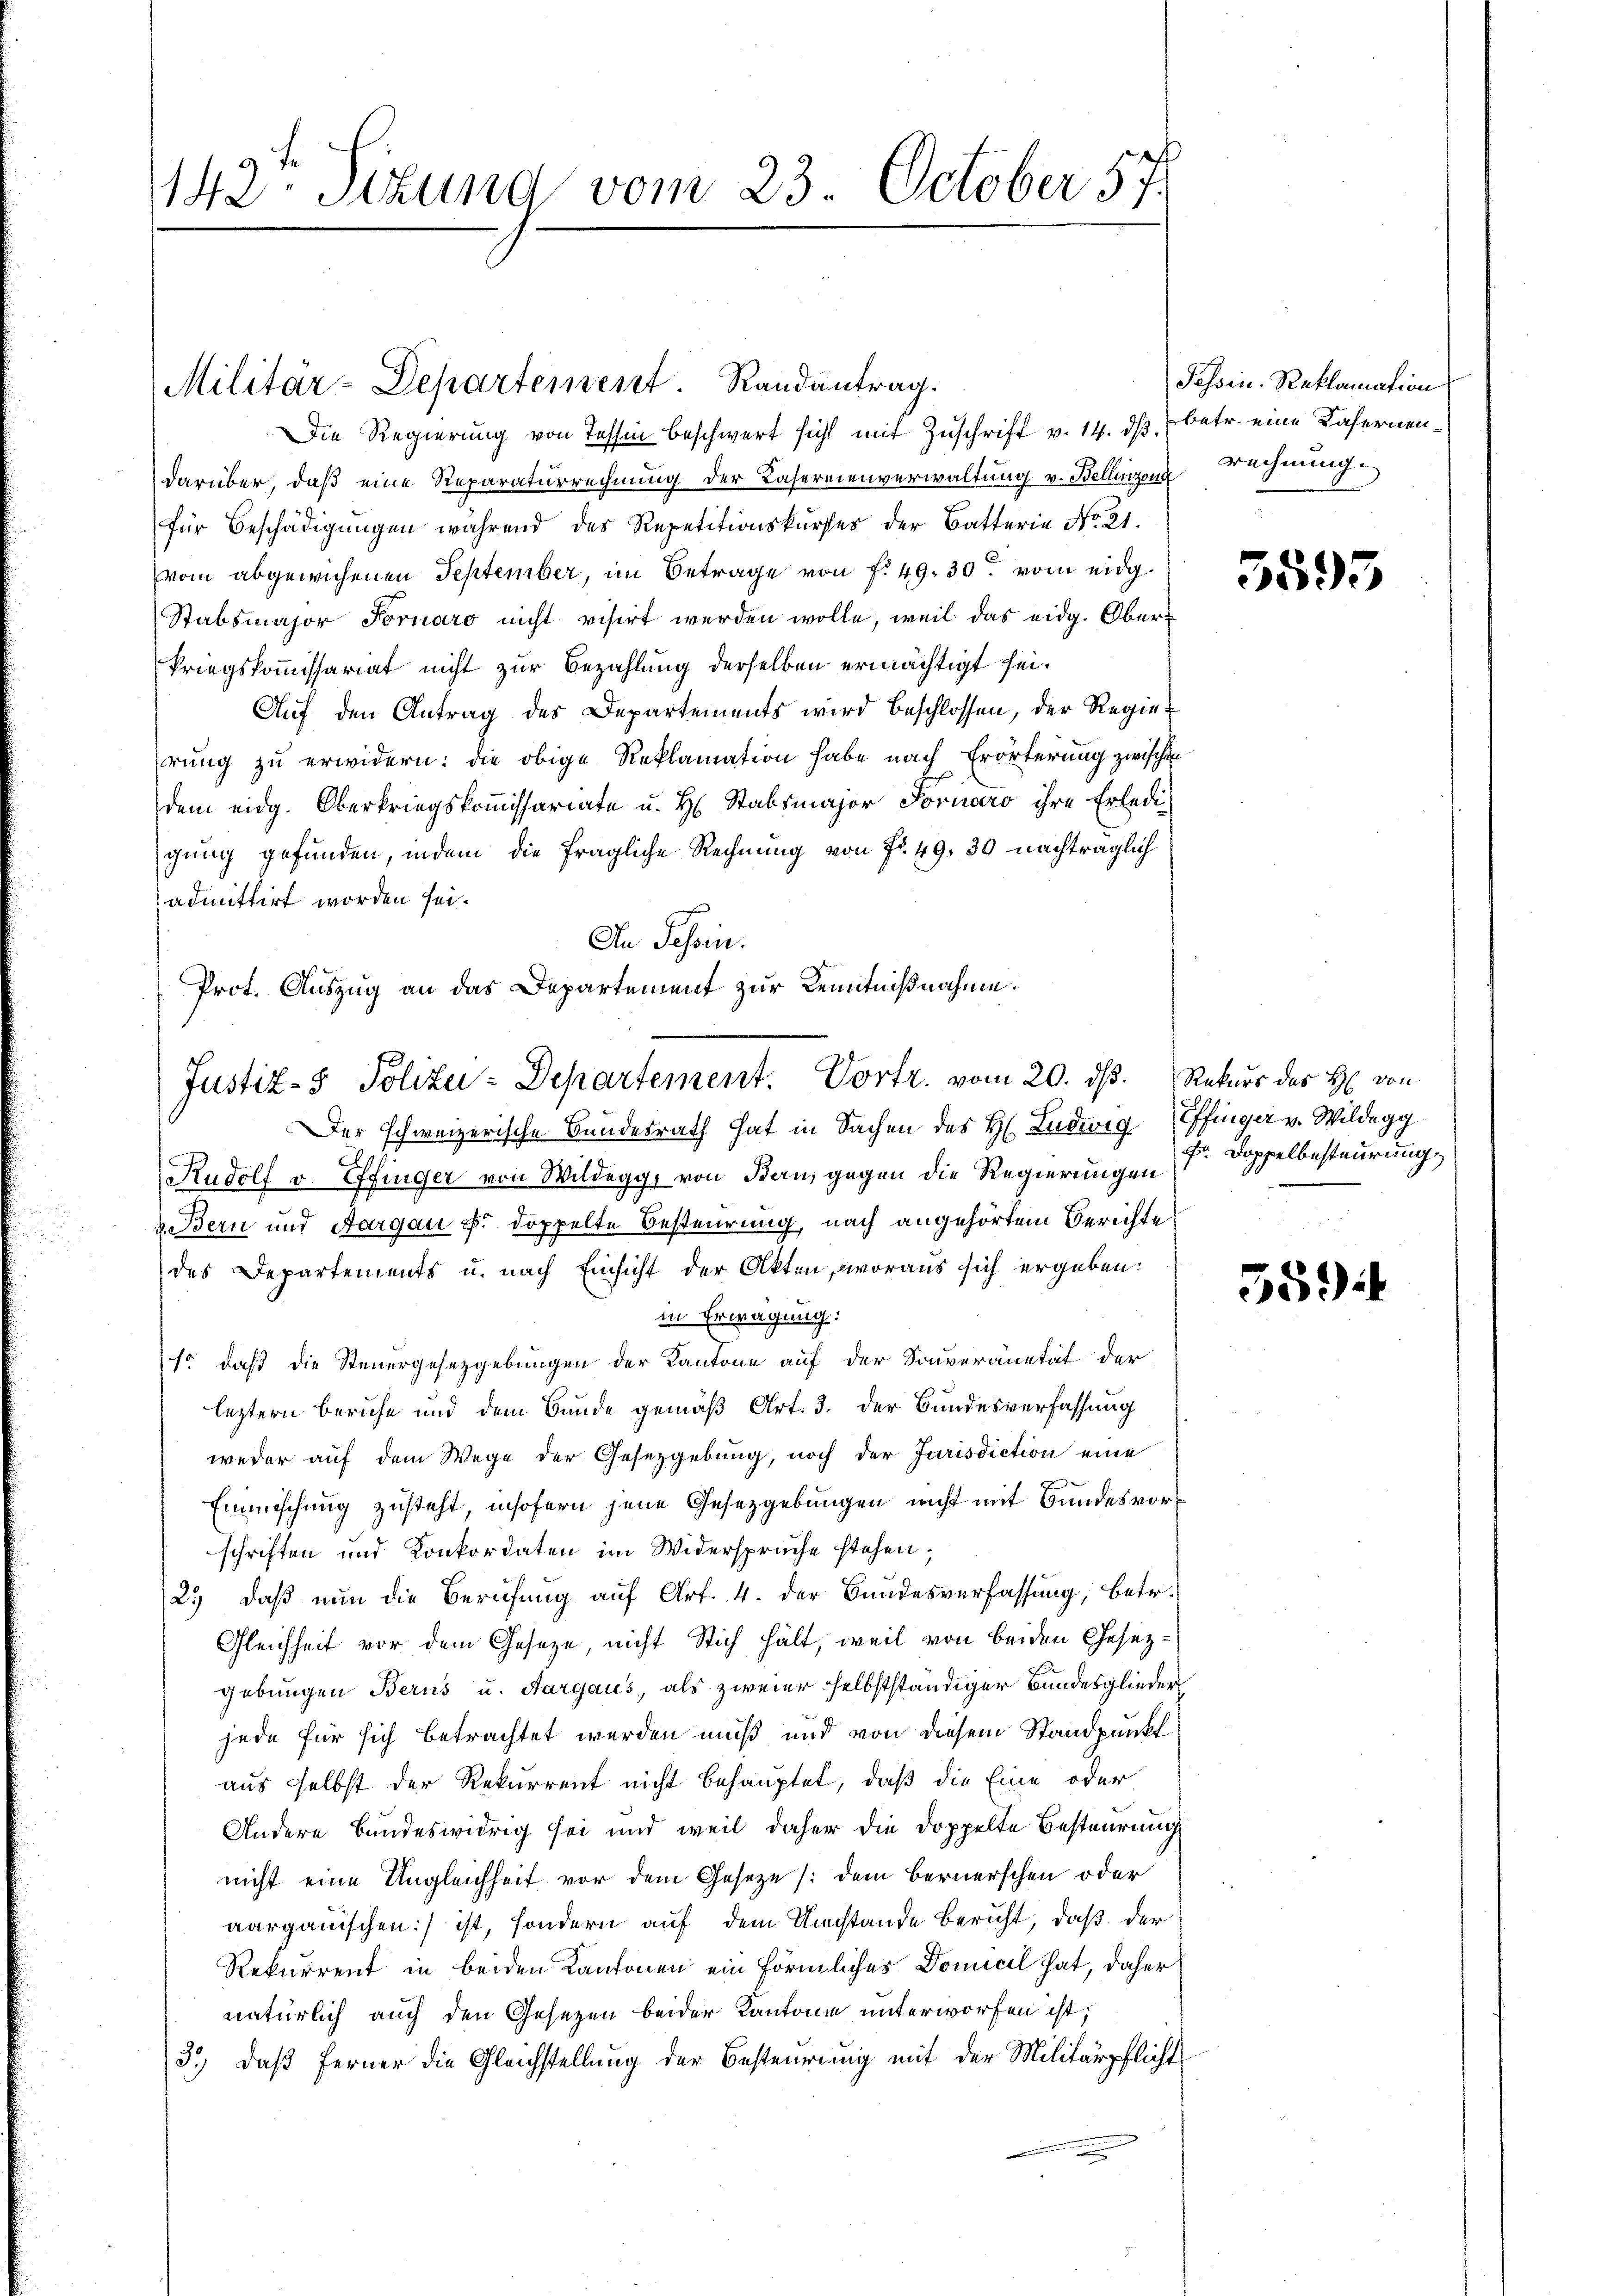
Die Regierung von Tessin beschwert sicht mit Zuschrift v. 14. dβ betr. eine Cafernendarüber, daß eine Reparaturrechnung der Kasereienverwaltung v. Bellinzona rechnung.
für Beschädigungen während des Repetitionskurses der Batterie No 21.
vom abgewiesenen September, im Betrage von f. 49. 30. vom eidg.
Stabsmajor Fornaro nicht visirt werden wolle, weil das eidg. Oberkriegskommissariat nicht zur Bezahlung derselben ermächtigt sei.
Auf den Antrag des Departements wird beschlossen, der Regierung zu erwidern: die obige Reklamation habe nach Erörterung zwischen
dem eidg. Oberkriegskommissariate u. H. Stabsmajor Fornaro ihre Erledi
gung gefunden, indem die fragliche Rechnung von Fr. 49. 30 nachträglich
admittirt worden sei.
In Tessin.
Prot. Auszug an das Departement zur Kenntnißnahme.

142ten Sizung vom 23. October 57.

Militär-Departement. Randantrag.

Justiz- & Polizei-Departement. Vortr. vom 20. ds. Rekurs des H. von

Der schweizerische Bundesrath hat in Sachen des H. Ludwig Effinger v. Wildegg
Rudolf v. Effinger von Wildegg, von Bern, gegen die Regierungen
2. Bern und Aargau u. doppelte Besteurung, nach angehörtem Berichte
des Departements u. nach Einsicht der Akten, woraus sich ergeben:
in Erwägung:
so daß die Steuergesetzgebungen der Kantone auf der Souveränität der
leztern beruhe und dem Bunde gemäß Art. 3. der Bundesverfassung
weder auf dem Wege der Gesetzgebung, noch der Jurisdiction eine
Einmischung zusteht, insofern jene Gesetzgebungen nicht mit Bundesvorschriften und Konkordaten im Widerspruche stehen;
25) daß nun die Berufung auf Art. 4. der Bundesverfassung, betr.
Gleichheit vor dem Geseze, nicht Stich hält, weil von beiden Gesezgebungen Berns u. Aargaus, als zweier selbstständiger Bundesglieder
jede für sich betrachtet werden muß und von diesem Standpunkt
aus selbst der Rekurrent nicht behauptet, daß die Eine oder
Andere Bundeswidrig sei und weil daher die Doppelte Besteurung
nicht eine Ungleichheit vor dem Geseze (dem Bernerschen oder
aargauischen) ist, sondern auf dem Umstände Bericht, daß der
Rekurrent in beiden Kantonen ein förmliches Domicil hat, daher
natürlich auch den Gesetzen beider Kantone unterworfen ist,
3.) Daß ferner die Gleichstellung der Besteurung mit der Militärpflicht

Passin. Reklamation

5595

Fr Doppelbesteurung

559